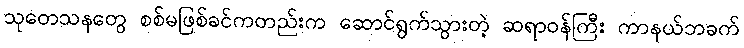
သုတေသနတွေ စစ်မဖြစ်ခင်ကတည်းက ဆောင်ရွက်သွားတဲ့ ဆရာဝန်ကြီး ကာနယ်ဘခက်